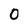
Character: 0